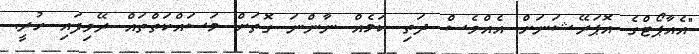
"އެއާޕޯޓްގެ އޮޕަރޭޝަނަށް އެއްވެސް ދަތި ކަމެއް ނާންނަ ގޮތަށް މަސައްކަތްތައް ރޭވިފައި ހުރީ.